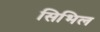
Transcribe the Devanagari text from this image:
सिभिल